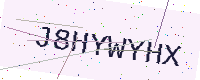
Text: J8HYWYHX